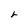
Character: r